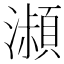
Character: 𤂔